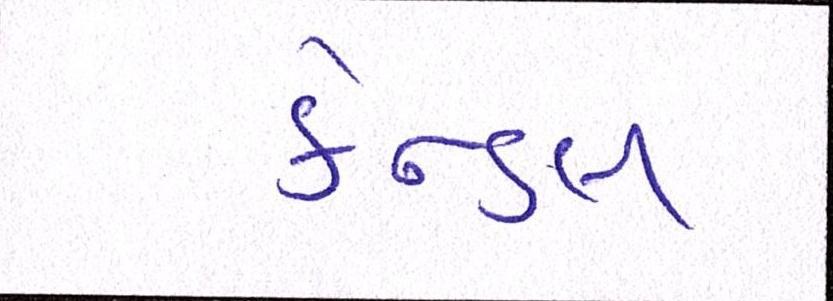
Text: કેન્ડલ